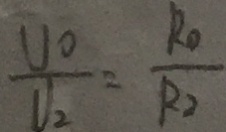
\frac { U _ { 0 } } { U _ { 2 } } = \frac { R _ { 0 } } { R _ { 2 } }